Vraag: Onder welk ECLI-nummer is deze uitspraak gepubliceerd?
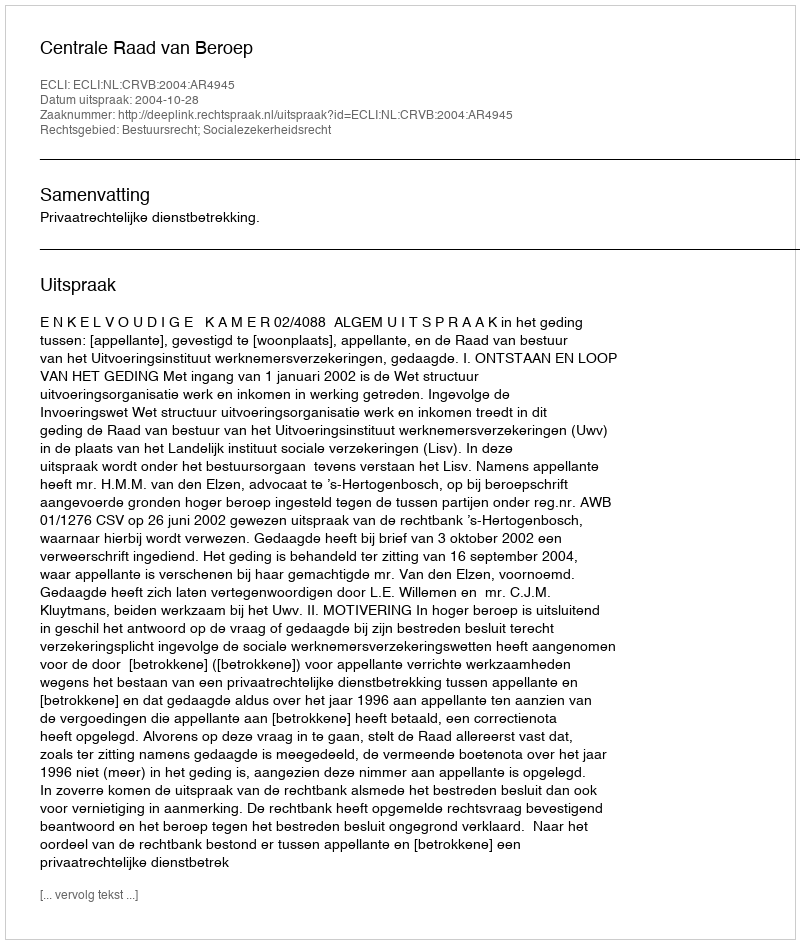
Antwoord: ECLI:NL:CRVB:2004:AR4945